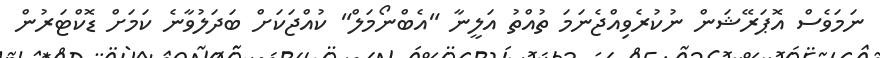
ނަމަވެސް އޮޕަރޭޝަން ނުކުރެވިއްޖެނަމަ ތުއްތު އަލީނާ "އެބްނޯމަލް" ކުއްޖަކަށް ބަދަލުވާނެ ކަމަށް ޑޮކްޓަރުން